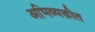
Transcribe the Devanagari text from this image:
अभिव्यक्तीत